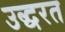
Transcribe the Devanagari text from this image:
उद्धरत